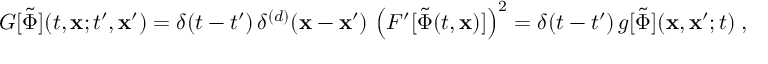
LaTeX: { \cal G } [ \tilde { \Phi } ] ( t , { \bf x } ; t ^ { \prime } , { \bf x } ^ { \prime } ) = \delta ( t - t ^ { \prime } ) \, \delta ^ { ( d ) } ( { \bf x } - { \bf x } ^ { \prime } ) \, \left( F ^ { \prime } [ \tilde { \Phi } ( t , { \bf x } ) ] \right) ^ { 2 } = \delta ( t - t ^ { \prime } ) \, g [ \tilde { \Phi } ] ( { \bf x } , { \bf x } ^ { \prime } ; t ) \; ,